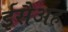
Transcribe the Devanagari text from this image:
ईसैअह